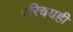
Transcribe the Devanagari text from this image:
परिचयही